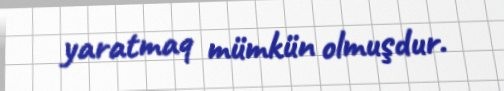
yaratmaq mümkün olmuşdur.